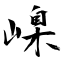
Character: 嵲